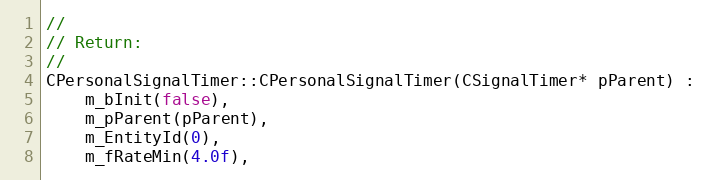
Language: C++
//
// Return:
//
CPersonalSignalTimer::CPersonalSignalTimer(CSignalTimer* pParent) :
	m_bInit(false),
	m_pParent(pParent),
	m_EntityId(0),
	m_fRateMin(4.0f),